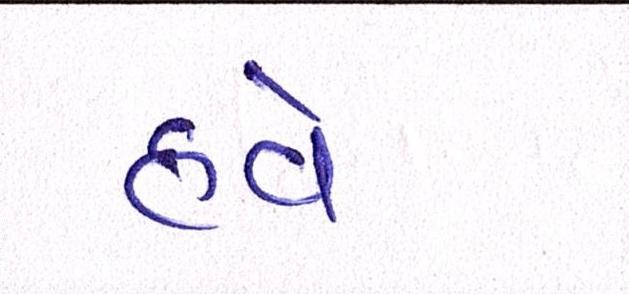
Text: હવે